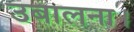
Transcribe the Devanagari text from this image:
उबालना।